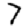
Digit: 7